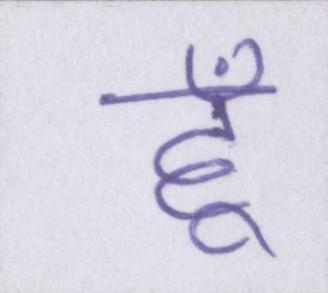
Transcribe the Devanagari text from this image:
हूँ